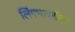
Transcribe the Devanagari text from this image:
लिंगभावरहित